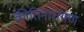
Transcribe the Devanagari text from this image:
कीतिनारायण